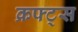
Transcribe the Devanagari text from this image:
क्रफ्ट्स